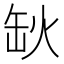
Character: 𦈦